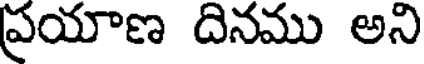
ప్రయాణ దినము అని